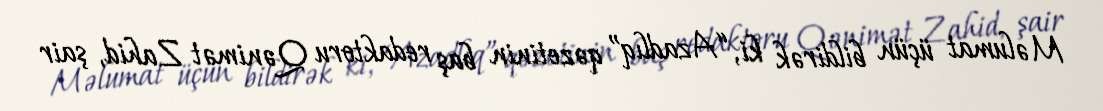
Məlumat üçün bildirək ki, “Azadlıq” qəzetinin baş redaktoru Qənimət Zahid, şair